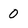
Character: 0